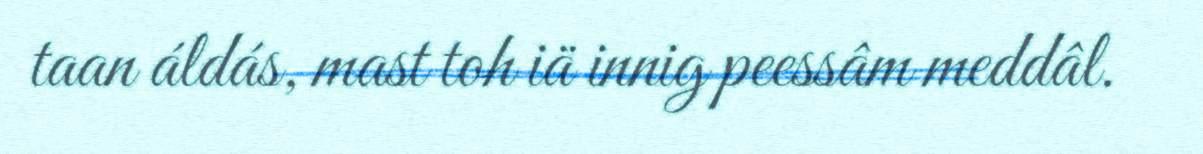
taan áldás, mast toh iä innig peessâm meddâl.